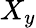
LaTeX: X_{y}